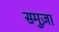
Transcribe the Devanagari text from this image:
समुज़ा